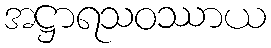
အဋ္ဌာရသဝဿာယ